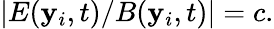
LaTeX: |E(\mathbf{y}_{i},t)/B(\mathbf{y}_{i},t)|=c.